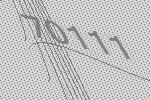
70111